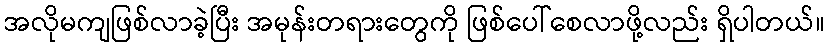
အလိုမကျဖြစ်လာခဲ့ပြီး အမုန်းတရားတွေကို ဖြစ်ပေါ်စေလာဖို့လည်း ရှိပါတယ်။